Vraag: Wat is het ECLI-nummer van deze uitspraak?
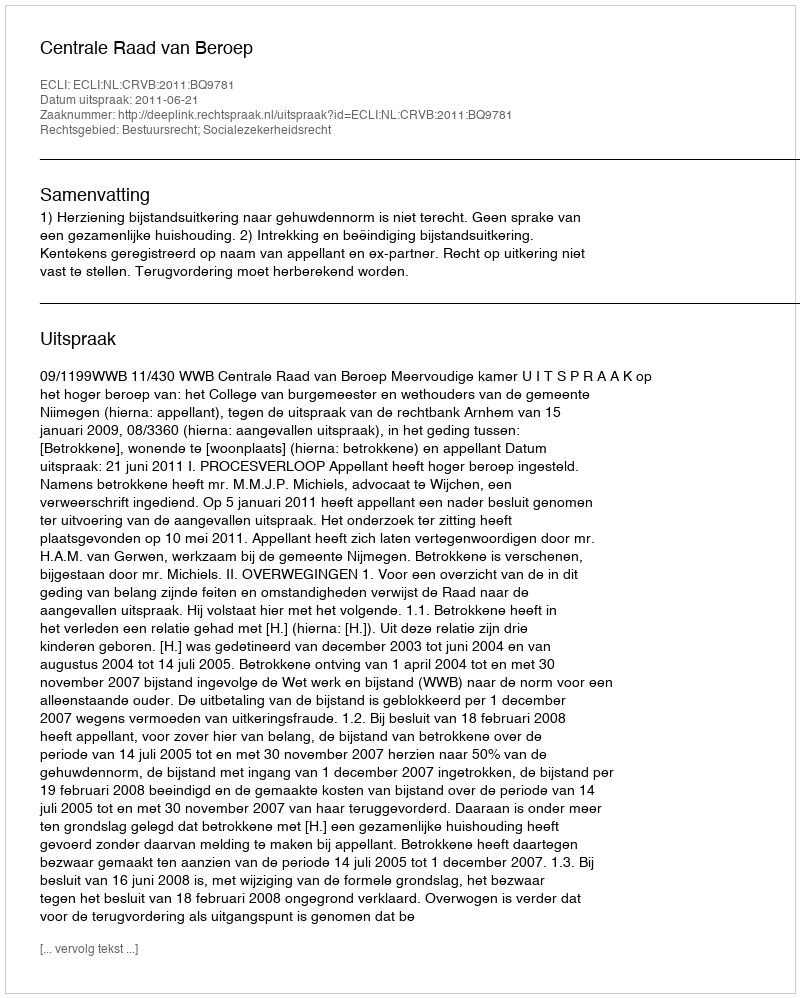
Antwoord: ECLI:NL:CRVB:2011:BQ9781